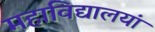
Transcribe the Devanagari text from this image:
महाविद्यालयां